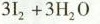
3 I _ { 2 } + 3 H _ { 2 } O$$